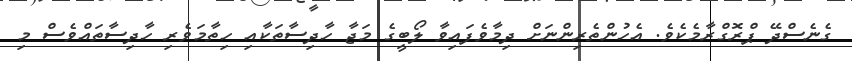
ގެނެސްދޭ ޕްރޮގްރާމެކެވެ. އެހުންތެރިންނަށް ދިމާވެފައިވާ ލޯބީގެ މަޖާ ހާދިސާތަކާއި ހިތާމަވެރި ހާދިސާތައްވެސް މި